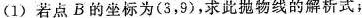
(1)若点B的坐标为(3，9)，求此抛物线的解析式；